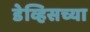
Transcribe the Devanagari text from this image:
डेव्हिसच्या